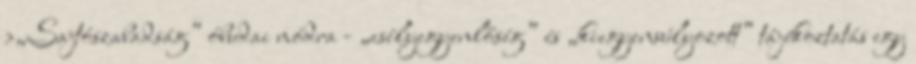
›„Sajtószabadság” óbudai módra - „esélyegyenlőség” és „kiegyensúlyozott” tájékoztatás egy